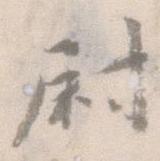
尉